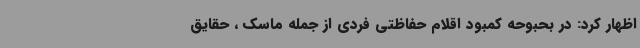
اظهار کرد: در بحبوحه کمبود اقلام حفاظتی فردی از جمله ماسک ، حقایق